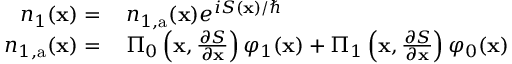
\begin{array} { r l } { n _ { 1 } ( \mathbf { x } ) = \, } & { { } n _ { 1 , \mathrm { a } } ( \mathbf { x } ) e ^ { i S ( \mathbf { x } ) / \hbar } } \\ { n _ { 1 , \mathrm { a } } ( \mathbf { x } ) = \, } & { { } \Pi _ { 0 } \left( \mathbf { x } , \frac { \partial S } { \partial \mathbf { x } } \right) \varphi _ { 1 } ( \mathbf { x } ) + \Pi _ { 1 } \left( \mathbf { x } , \frac { \partial S } { \partial \mathbf { x } } \right) \varphi _ { 0 } ( \mathbf { x } ) } \end{array}